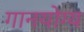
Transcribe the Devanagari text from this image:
गानयोग्य